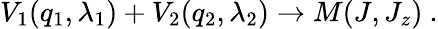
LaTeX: V_{1}(q_{1},\lambda_{1})+V_{2}(q_{2},\lambda_{2})\to M(J,J_{z})\ .